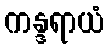
ကန္ဒရာယံ